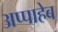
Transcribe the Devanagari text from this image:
अप्पाहेब